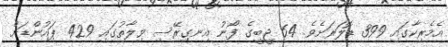
އެމެރިކާގައި 399 ޑޮލަރަށެވެ. 64 ޖީބީގެ ފޯނު އިނގިރޭސި ވިލާތުގައި 429 ޕައުންޑަށް